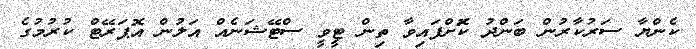
ކެންޔާ ސަރުކާރުން ބަންދު ކޮަށްފައިވާ ތިން ޓީވީ ސްޓޭޝަނެއް އަލުން އޮޕަރޭޓް ކުރުމުގެ